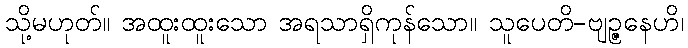
သို့မဟုတ်။ အထူးထူးသော အရသာရှိကုန်သော။ သူပေတိ-ဗျဉ္ဇနေဟိ၊